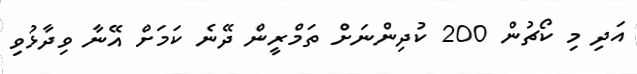
އަދި މި ކޯޗުން 200 ކުދިންނަށް ތަމްރީން ދޭނެ ކަމަށް އޭނާ ވިދާޅުވި